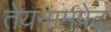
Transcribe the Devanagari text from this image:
तेयनामपेट